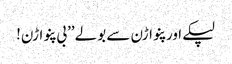
لپکے اور پنواڑن سے بولے ’’بی پنواڑن!